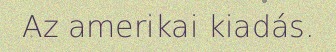
Az amerikai kiadás.